Report of the Indian Hemp Drugs Commission, 1894-1895 - Volume I
Year: 1894
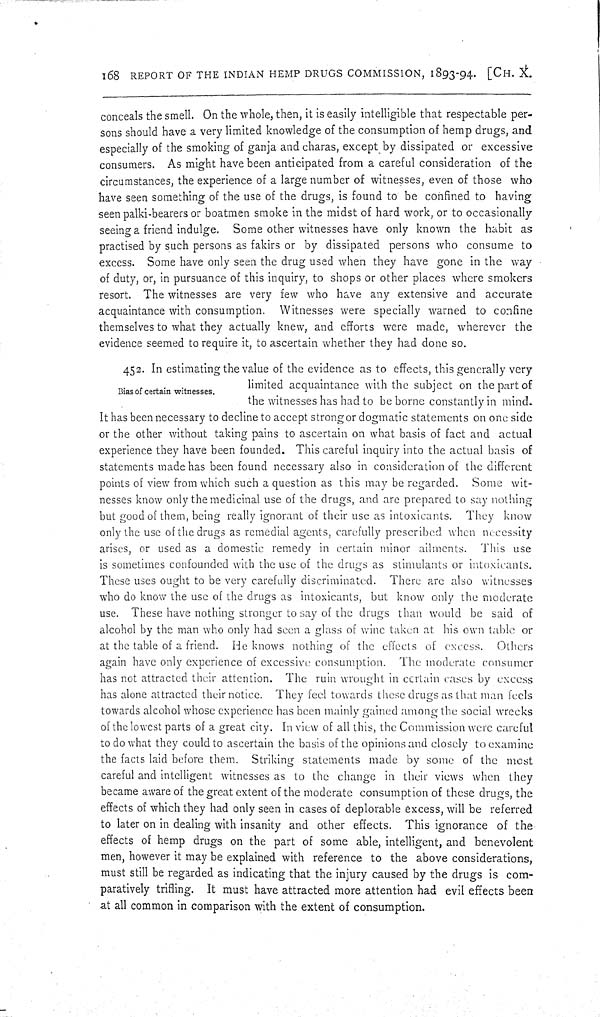
168 REPORT OF THE INDIAN HEMP DRUGS COMMISSION, 1893-94. [CH. X.
conceals the smell. On the whole, then, it is easily intelligible that respectable per-
sons should have a very limited knowledge of the consumption of hemp drugs, and
especially of the smoking of ganja and charas, except by dissipated or excessive
consumers. As might have been anticipated from a careful consideration of the
circumstances, the experience of a large number of witnesses, even of those who
have seen something of the use of the drugs, is found to be confined to having
seen palki-bearers or boatmen smoke in the midst of hard work, or to occasionally
seeing a friend indulge. Some other witnesses have only known the habit as
practised by such persons as fakirs or by dissipated persons who consume to
excess. Some have only seen the drug used when they have gone in the way
of duty, or, in pursuance of this inquiry, to shops or other places where smokers
resort. The witnesses are very few who have any extensive and accurate
acquaintance with consumption. Witnesses were specially warned to confine
themselves to what they actually knew, and efforts were made, wherever the
evidence seemed to require it, to ascertain whether they had done so.
Bias of certain witnesses.
452. In estimating the value of the evidence as to effects, this generally very
limited acquaintance with the subject on the part of
the witnesses has had to be borne constantly in mind.
It has been necessary to decline to accept strong or dogmatic statements on one side
or the other without taking pains to ascertain on what basis of fact and actual
experience they have been founded. This careful inquiry into the actual basis of
statements made has been found necessary also in consideration of the different
points of view from which such a question as this may be regarded. Some wit-
nesses know only the medicinal use of the drugs, and are prepared to say nothing
but good of them, being really ignorant of their use as intoxicants. They know
only the use of the drugs as remedial agents, carefully prescribed when necessity
arises, or used as a domestic remedy in certain minor ailments. This use
is sometimes confounded with the use of the drugs as stimulants or intoxicants.
These uses ought to be very carefully discriminated. There are also witnesses
who do know the use of the drugs as intoxicants, but know only the moderate
use. These have nothing stronger to say of the drugs than would be said of
alcohol by the man who only had seen a glass of wine taken at his own table or
at the table of a friend. He knows nothing of the effects of excess. Others
again have only experience of excessive consumption. The moderate consumer
has not attracted their attention. The ruin wrought in certain cases by excess
has alone attracted their notice. They feel towards these drugs as that man feels
towards alcohol whose experience has been mainly gained among the social wrecks
of the lowest parts of a great city. In view of all this, the Commission were careful
to do what they could to ascertain the basis of the opinions and closely to examine
the facts laid before them. Striking statements made by some of the most
careful and intelligent witnesses as to the change in their views when they
became aware of the great extent of the moderate consumption of these drugs, the
effects of which they had only seen in cases of deplorable excess, will be referred
to later on in dealing with insanity and other effects. This ignorance of the
effects of hemp drugs on the part of some able, intelligent, and benevolent
men, however it may be explained with reference to the above considerations,
must still be regarded as indicating that the injury caused by the drugs is com-
paratively trifling. It must have attracted more attention had evil effects been
at all common in comparison with the extent of consumption.